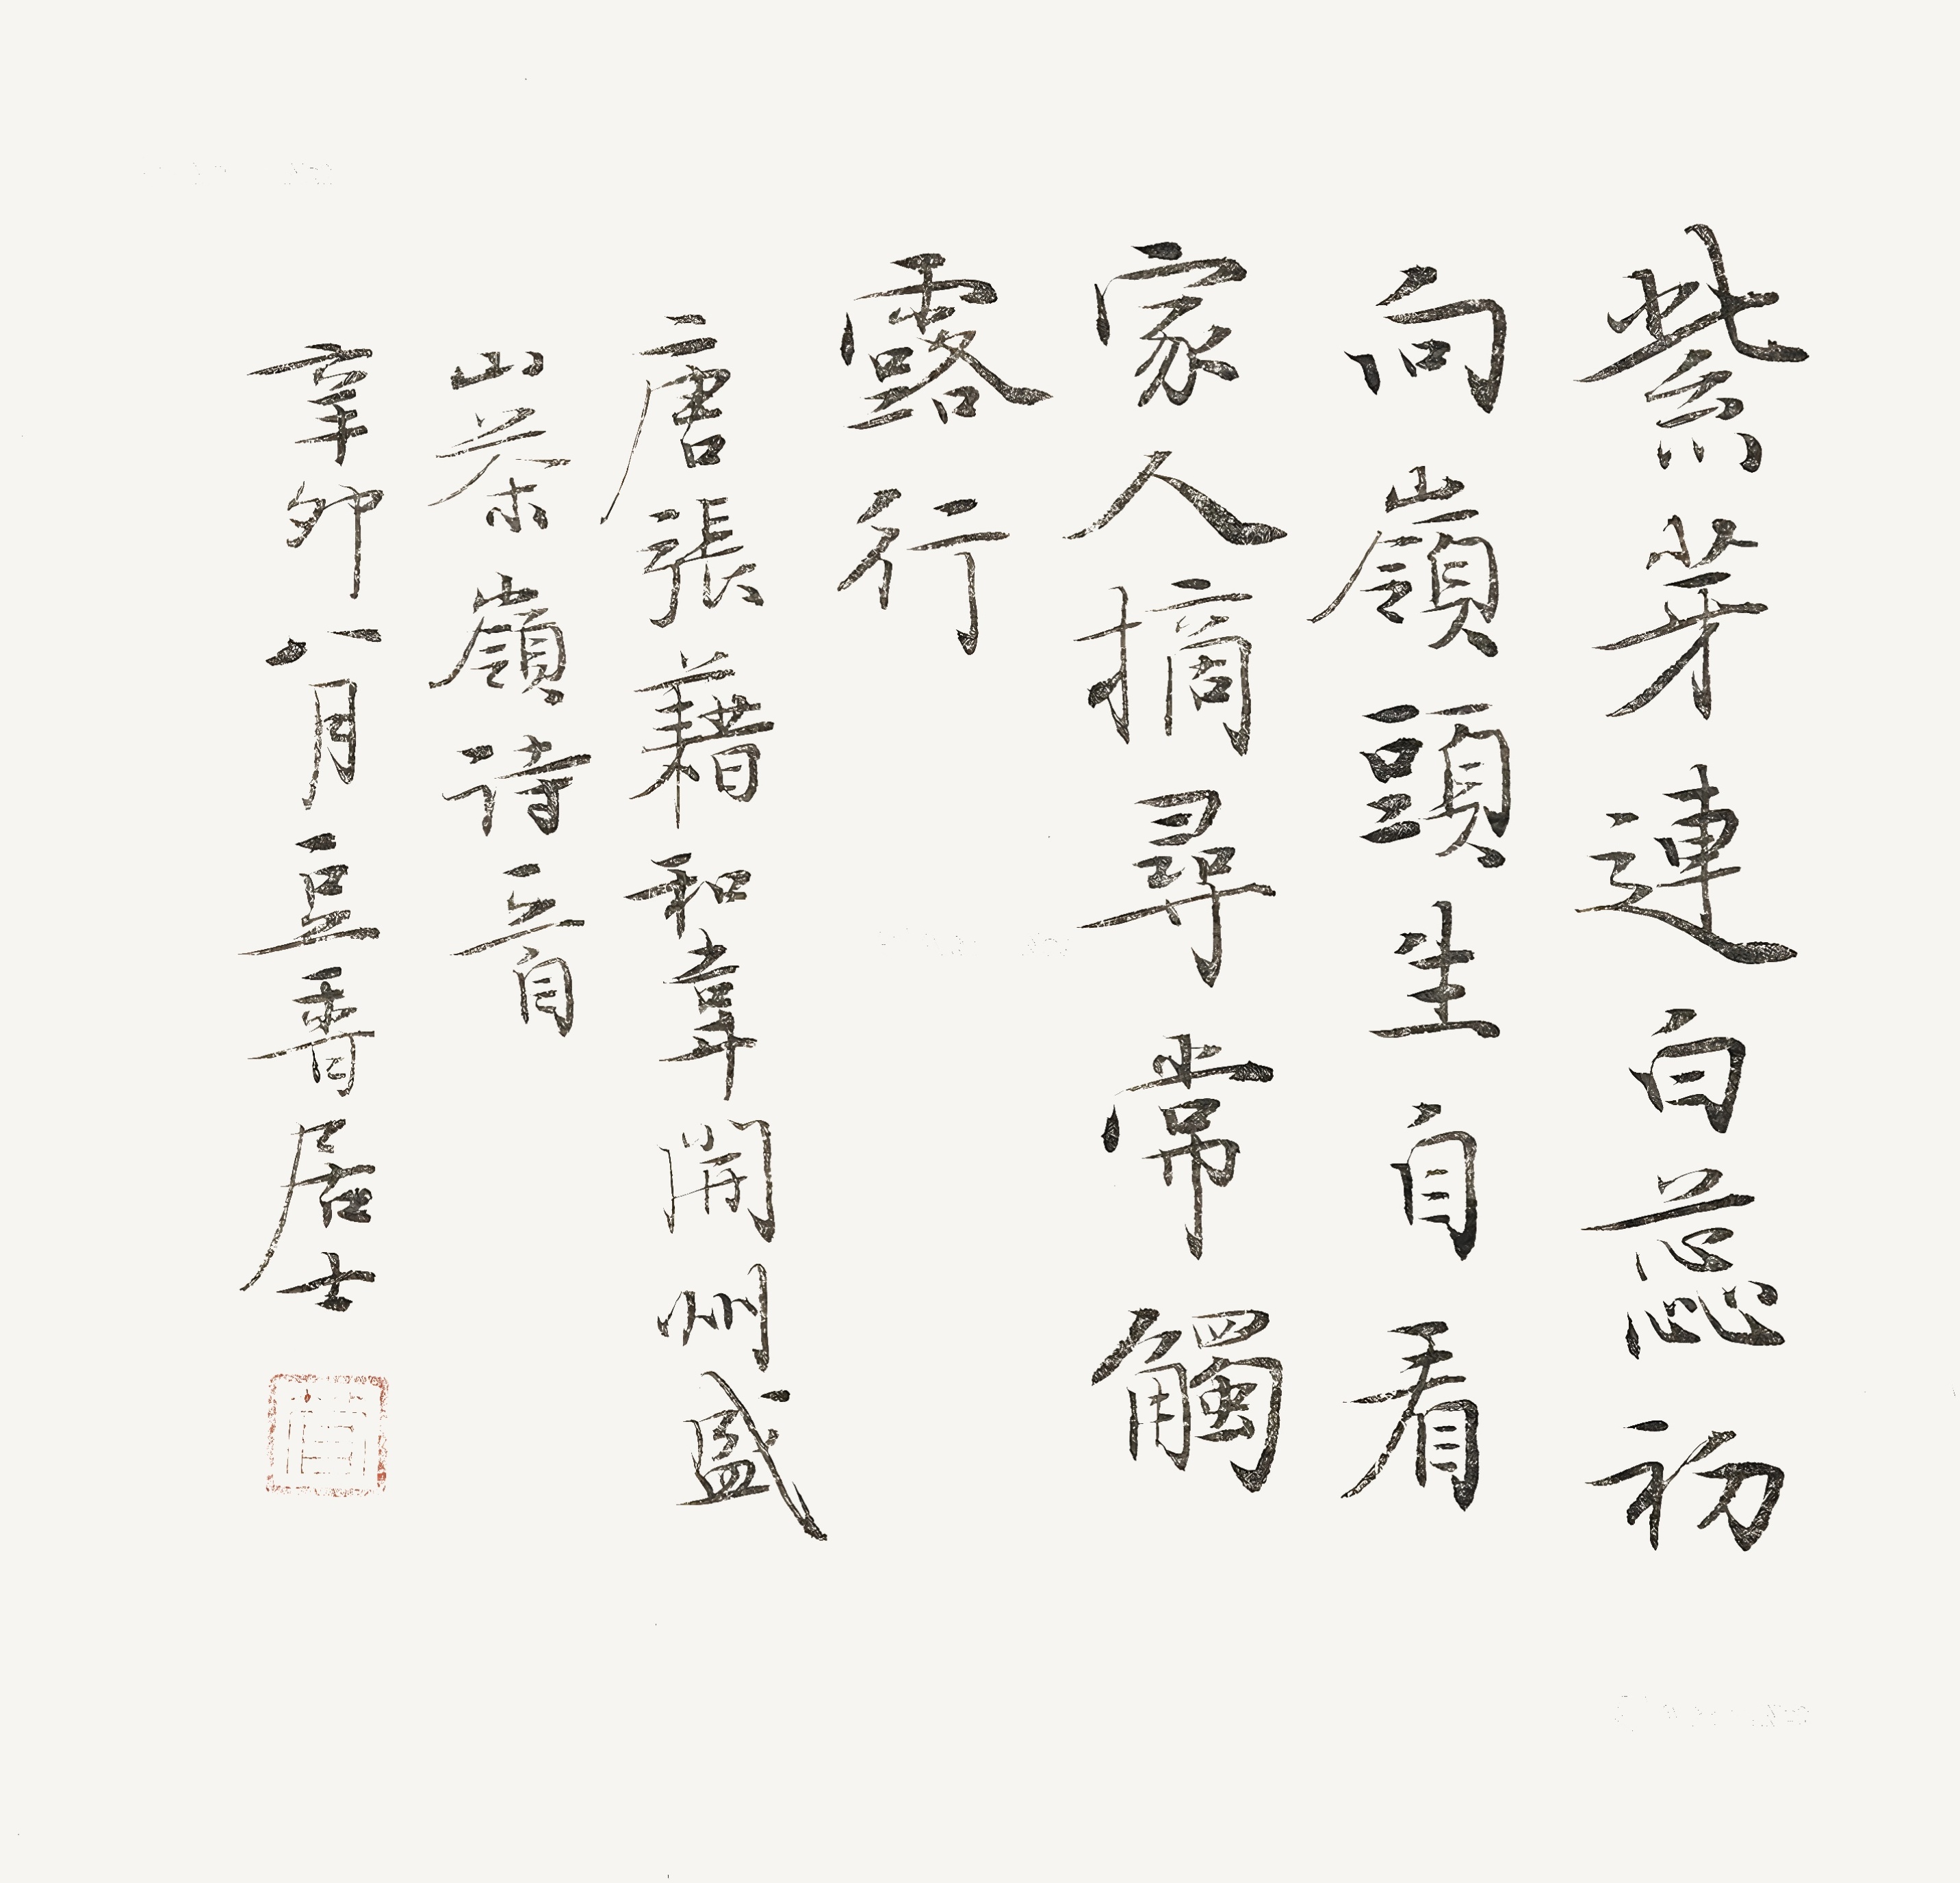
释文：紫芽连白蕊，初向岭头生。自看家人摘，寻常触露行。唐张籍《和韦开州盛山·茶岭》辛卯八月豆香居士